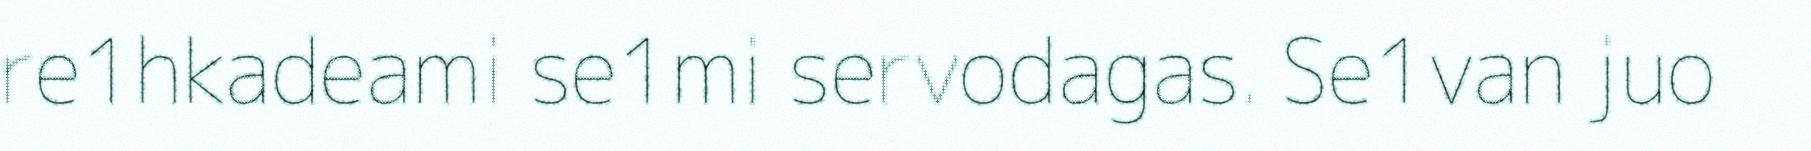
re1hkadeami se1mi servodagas. Se1van juo